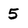
Character: 5